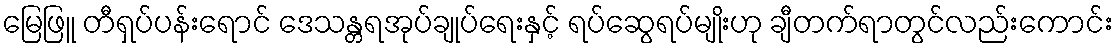
မြေဖြူ တီရှပ်ပန်းရောင် ဒေသန္တရအုပ်ချုပ်ရေးနှင့် ရပ်ဆွေရပ်မျိုးဟု ချီတက်ရာတွင်လည်းကောင်း